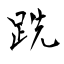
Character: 跣